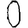
Digit: 0